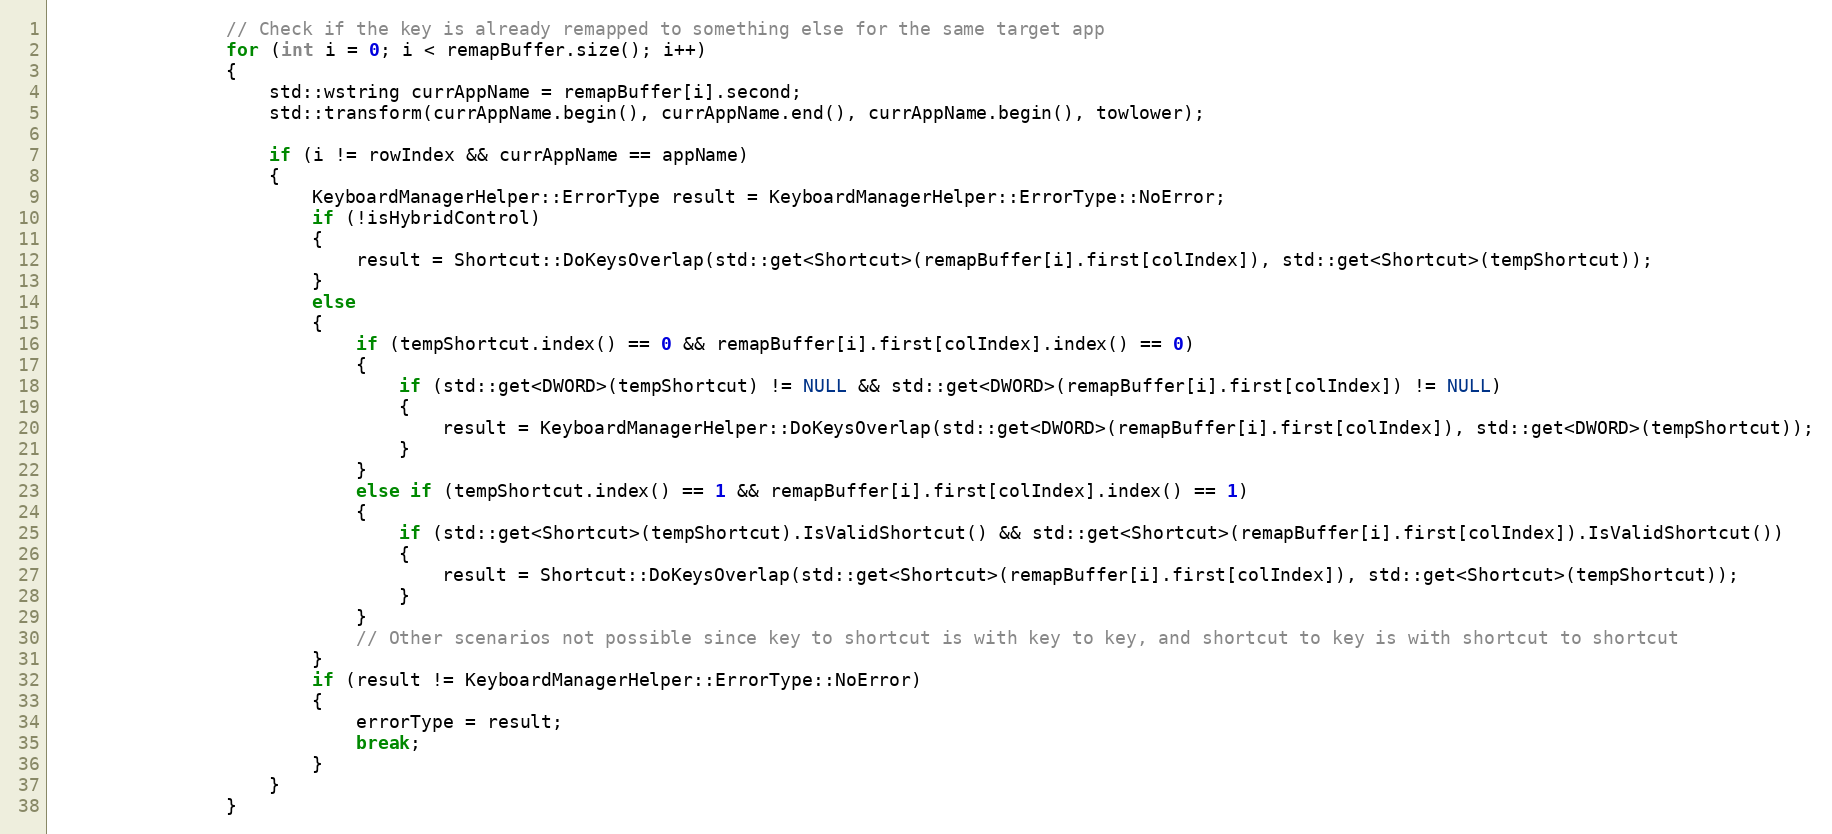
Language: C++
                // Check if the key is already remapped to something else for the same target app
                for (int i = 0; i < remapBuffer.size(); i++)
                {
                    std::wstring currAppName = remapBuffer[i].second;
                    std::transform(currAppName.begin(), currAppName.end(), currAppName.begin(), towlower);

                    if (i != rowIndex && currAppName == appName)
                    {
                        KeyboardManagerHelper::ErrorType result = KeyboardManagerHelper::ErrorType::NoError;
                        if (!isHybridControl)
                        {
                            result = Shortcut::DoKeysOverlap(std::get<Shortcut>(remapBuffer[i].first[colIndex]), std::get<Shortcut>(tempShortcut));
                        }
                        else
                        {
                            if (tempShortcut.index() == 0 && remapBuffer[i].first[colIndex].index() == 0)
                            {
                                if (std::get<DWORD>(tempShortcut) != NULL && std::get<DWORD>(remapBuffer[i].first[colIndex]) != NULL)
                                {
                                    result = KeyboardManagerHelper::DoKeysOverlap(std::get<DWORD>(remapBuffer[i].first[colIndex]), std::get<DWORD>(tempShortcut));
                                }
                            }
                            else if (tempShortcut.index() == 1 && remapBuffer[i].first[colIndex].index() == 1)
                            {
                                if (std::get<Shortcut>(tempShortcut).IsValidShortcut() && std::get<Shortcut>(remapBuffer[i].first[colIndex]).IsValidShortcut())
                                {
                                    result = Shortcut::DoKeysOverlap(std::get<Shortcut>(remapBuffer[i].first[colIndex]), std::get<Shortcut>(tempShortcut));
                                }
                            }
                            // Other scenarios not possible since key to shortcut is with key to key, and shortcut to key is with shortcut to shortcut
                        }
                        if (result != KeyboardManagerHelper::ErrorType::NoError)
                        {
                            errorType = result;
                            break;
                        }
                    }
                }